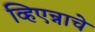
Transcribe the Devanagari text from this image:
व्हिएन्नाचे